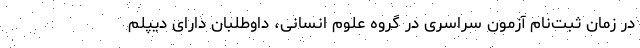
در زمان ثبت‌نام آزمون سراسری در گروه علوم انسانی، داوطلبان دارای دیپلم